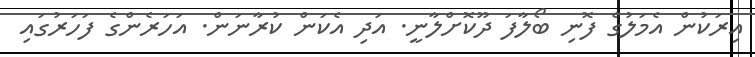
އިރަކުން އެމަލުގެ ފޮނި ބޯލާފަ ދޫކޮށްލާނީ. އަދި އެކަން ކުރާނަން. އަހަރެންގެ ފަހަރުގައި